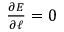
\begin{array} { r } { \frac { \partial E } { \partial \ell } = 0 } \end{array}